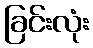
ခြင်းလုံး